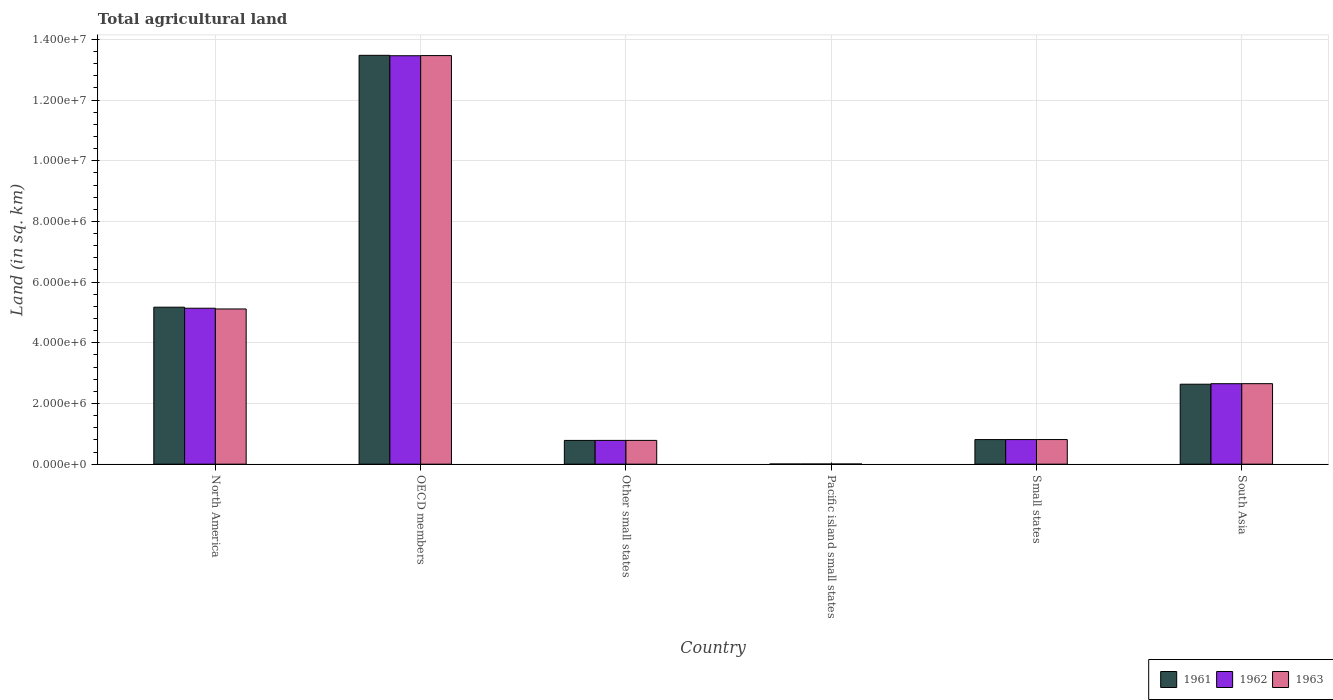
| Country | 1961 | 1962 | 1963 |
 | --- | --- | --- | --- |
 | North America | 5.17e+06 | 5.14e+06 | 5.12e+06 |
 | OECD members | 1.35e+07 | 1.35e+07 | 1.35e+07 |
 | Other small states | 7.83e+05 | 7.83e+05 | 7.83e+05 |
 | Pacific island small states | 5.11e+03 | 5.13e+03 | 5.19e+03 |
 | Small states | 8.1e+05 | 8.11e+05 | 8.11e+05 |
 | South Asia | 2.64e+06 | 2.65e+06 | 2.65e+06 |